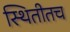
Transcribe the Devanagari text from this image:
स्थितीतच